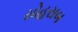
સોહરાબ